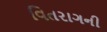
વિતરાગની